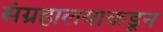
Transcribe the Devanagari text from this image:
संग्रहालयाकडून